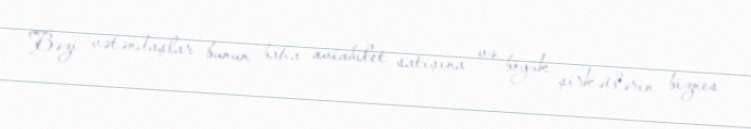
Bəzi vətəndaşlar bunun baha aviabilet satışına və böyük şirkətlərin biznes